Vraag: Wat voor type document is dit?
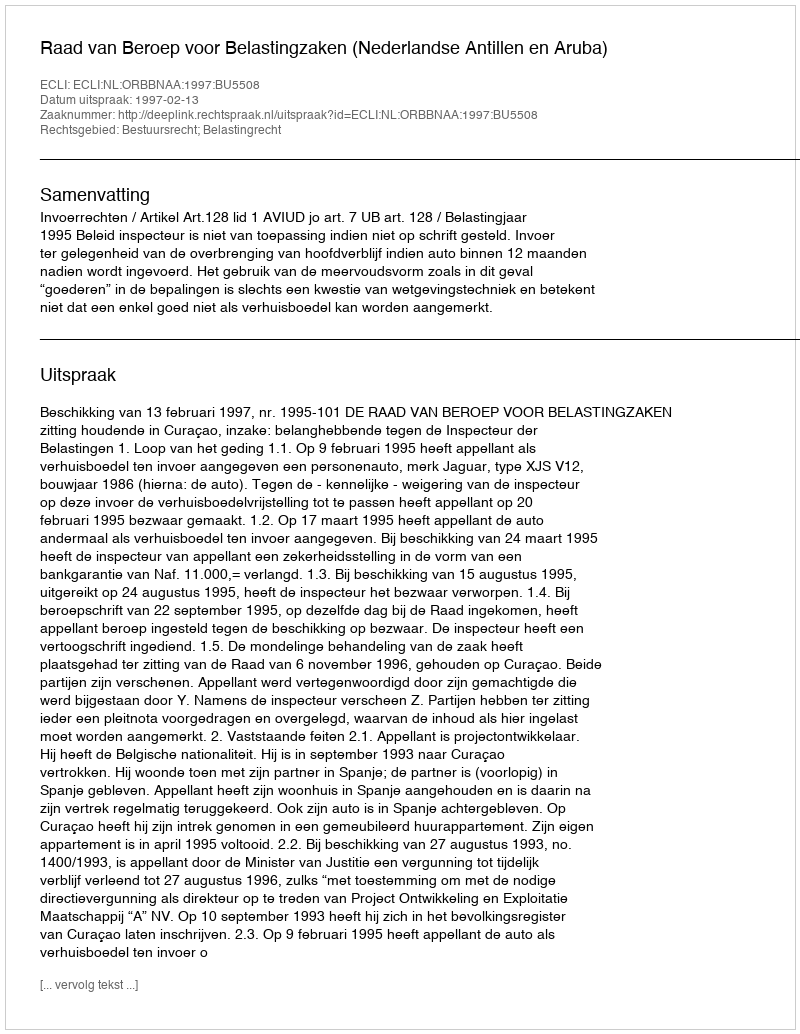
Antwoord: Uitspraak